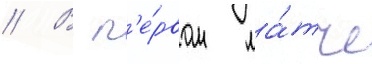
// В п'е́рвом ма́тче